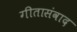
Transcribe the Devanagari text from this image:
गीतासंवाद